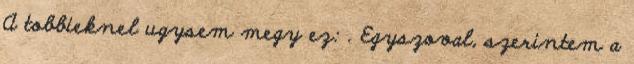
A tobbieknel ugysem megy ez: . Egyszoval, szerintem a